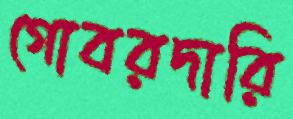
গোবরদারি